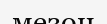
мезон